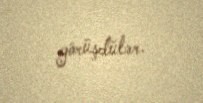
görüşdülər.